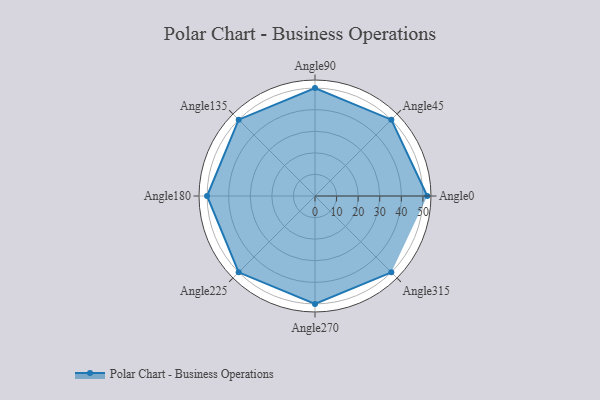
{"axis": {"x": "Angle", "y": "Radius"}, "legend": [""], "data": [{"x": "Angle0", "y": 52.0, "type": ""}, {"x": "Angle45", "y": 50.0, "type": ""}, {"x": "Angle90", "y": 50, "type": ""}, {"x": "Angle135", "y": 50, "type": ""}, {"x": "Angle180", "y": 50, "type": ""}, {"x": "Angle225", "y": 50, "type": ""}, {"x": "Angle270", "y": 50, "type": ""}, {"x": "Angle315", "y": 50, "type": ""}]}